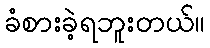
ခံစားခဲ့ရဘူးတယ်။